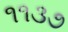
૧૧૩૭